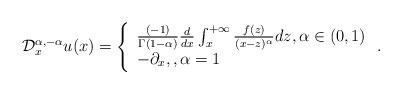
LaTeX: \begin{align*}\mathcal{D}_{x}^{\alpha ,-\alpha }u(x)=\left\{\begin{array}{l}\frac{(-1)}{\Gamma (1-\alpha )}\frac{d}{dx}\int_{x}^{+\infty }\frac{f(z)}{(x-z)^{\alpha }}dz,\alpha \in (0,1) \\-\partial _{x},,\alpha =1\end{array}\right. . \end{align*}